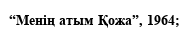
“Менің атым Қожа”, 1964;